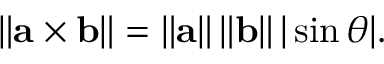
\left\| \mathbf { a } \times \mathbf { b } \right\| = \left\| \mathbf { a } \right\| \left\| \mathbf { b } \right\| | \sin \theta | .